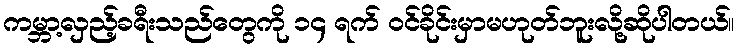
ကမ္ဘာ့လှည့်ခရီးသည်တွေကို ၁၄ ရက် ဝင်ခိုင်းမှာမဟုတ်ဘူးလို့ဆိုပါတယ်။